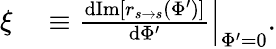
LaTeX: \begin{array}{rl}{\xi}&{{}\equiv\left.\frac{\mathrm{d}\mathrm{Im}[r_{s\rightarrow s}(\Phi^{\prime})]}{\mathrm{d}\Phi^{\prime}}\right|_{\Phi^{\prime}=0}.}\end{array}